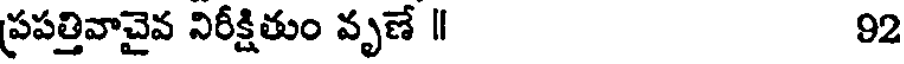
ప్రపత్తివాచైవ నిరీక్షితుం వృణే ॥ 92